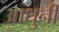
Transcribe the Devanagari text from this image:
आधुनी